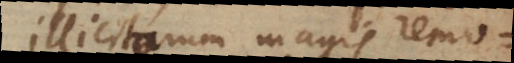
illicitorum magis remo